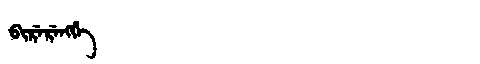
Manchu: ᠪᡳᡵᡝᡵᡝᠩᡤᡝ
Romanization: BIRERENGGE